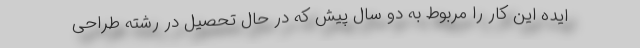
ایده این کار را مربوط به دو سال پیش که در حال تحصیل در رشته طراحی